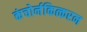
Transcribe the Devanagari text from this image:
कंचोर्नकित्करन